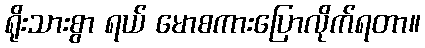
ရိုးသားစွာ ရယ် မောစကားပြောလိုက်ရတာ။